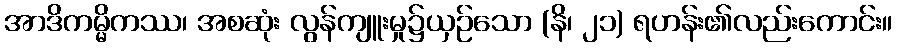
အာဒိကမ္မိကဿ၊ အစဆုံး လွန်ကျူးမှု၌ယှဉ်သော (နိ၊ ၂၁) ရဟန်း၏လည်းကောင်း။